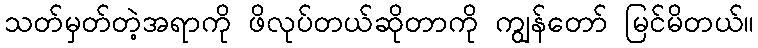
သတ်မှတ်တဲ့အရာကို ဖိလုပ်တယ်ဆိုတာကို ကျွန်တော် မြင်မိတယ်။